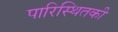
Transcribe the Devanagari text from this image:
पारिस्थितकी